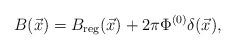
LaTeX: \begin{align*}B(\vec{x})=B_{\rm reg}(\vec{x})+2\pi\Phi^{(0)}\delta(\vec{x}),\end{align*}